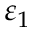
\varepsilon _ { 1 }